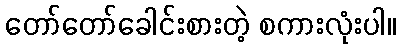
တော်တော်ခေါင်းစားတဲ့ စကားလုံးပါ။